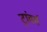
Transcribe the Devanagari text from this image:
ट्रांवर्स